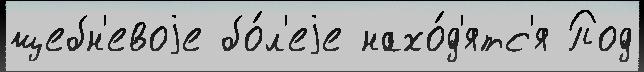
щебн'евоjе бо́л'еjе нахо́д'ятс'я Под